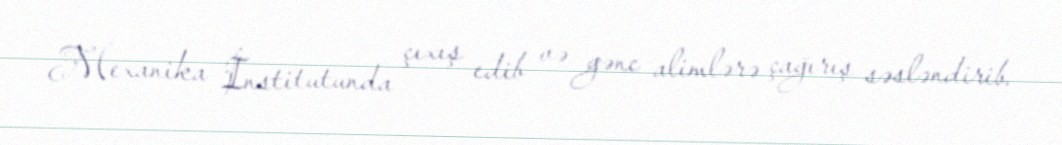
Mexanika İnstitutunda çıxış edib və gənc alimlərə çağırış səsləndirib.